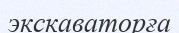
экскаваторға